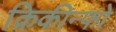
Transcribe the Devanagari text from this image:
क्रिकीन्फो